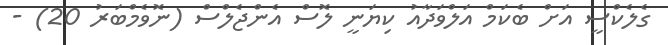
ގެލެކްސީ އަށް ބެކަމް އަލްވަދާއު ކިޔަނީ ލޮސް އެންޖެލްސް (ނޮވެމްބަރު 20) -